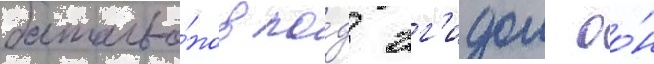
батальо́нов по́д эг'идои оо́н